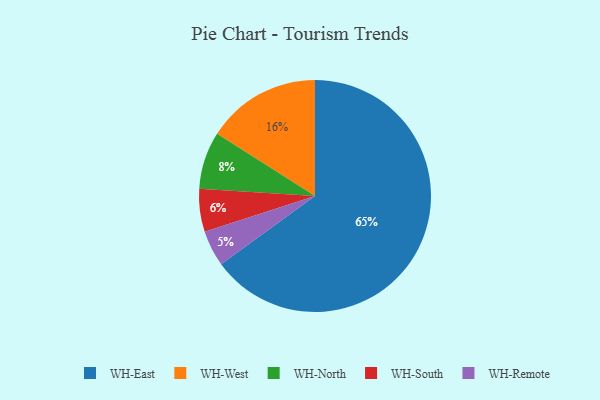
{"axis": {"x": "Category", "y": "Percentage"}, "legend": ["WH-East", "WH-North", "WH-Remote", "WH-South", "WH-West"], "data": [{"x": "WH-West", "y": 16, "type": "WH-West"}, {"x": "WH-South", "y": 6, "type": "WH-South"}, {"x": "WH-Remote", "y": 5, "type": "WH-Remote"}, {"x": "WH-North", "y": 8, "type": "WH-North"}, {"x": "WH-East", "y": 65, "type": "WH-East"}]}